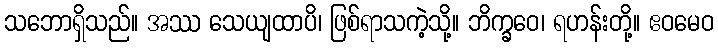
သဘောရှိသည်။ အဿ သေယျထာပိ၊ ဖြစ်ရာသကဲ့သို့။ ဘိက္ခဝေ၊ ရဟန်းတို့။ ဧဝမေဝ